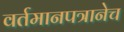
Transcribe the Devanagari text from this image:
वर्तमानपत्रानेच